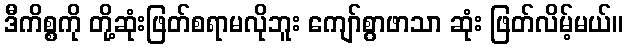
ဒီကိစ္စကို တို့ဆုံးဖြတ်စရာမလိုဘူး ကျော်စွာဖာသာ ဆုံး ဖြတ်လိမ့်မယ်။